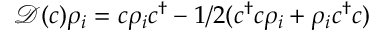
\mathcal { D } ( c ) \rho _ { i } = c \rho _ { i } c ^ { \dagger } - 1 / 2 ( c ^ { \dagger } c \rho _ { i } + \rho _ { i } c ^ { \dagger } c )